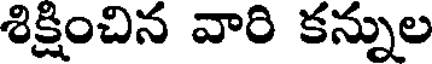
శిక్షించిన వారి కన్నుల